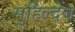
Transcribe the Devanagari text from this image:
सुहिल्देव